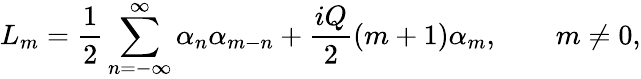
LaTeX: L_{m}=\frac{1}{2}\sum_{n=-\infty}^{\infty}\alpha_{n}\alpha_{m-n}+\frac{iQ}{2}(m+1)\alpha_{m},\qquad m\neq 0,